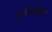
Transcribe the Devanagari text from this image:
अनातोलि